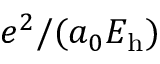
e ^ { 2 } / ( a _ { 0 } E _ { \mathrm { h } } )